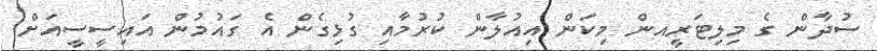
ސުދާން ގެ މިލިޓަރީއން މިކަން އިއުލާން ކުރުމާއި ގުޅިގެން އެ ގައުމުން އައިސީސީއަށް